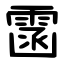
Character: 䨡